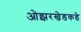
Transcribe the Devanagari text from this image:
ओझरखेडकडे